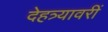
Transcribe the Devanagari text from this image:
देहत्र्यावरीं